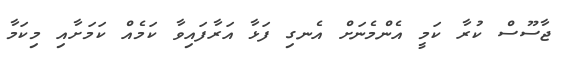
ޖާސޫސް ކުރާ ކަމީ އެންމެނަށް އެނގި ފަޅާ އަރާފައިވާ ކަމެއް ކަމަށާއި މިކަމާ